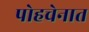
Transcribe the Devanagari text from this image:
पोहचेनात